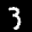
Label: 3